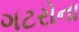
ગટરોના